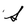
Character: S